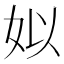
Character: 姒